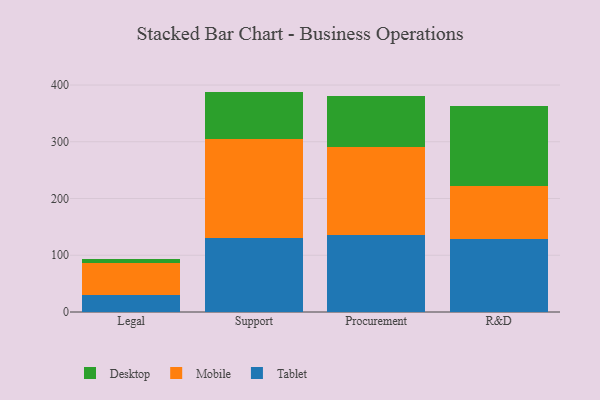
{"axis": {"x": "Department", "y": "Tickets Resolved"}, "legend": ["Desktop", "Mobile", "Tablet"], "data": [{"x": "Legal", "y": 30.1, "type": "Tablet"}, {"x": "Legal", "y": 55.7, "type": "Mobile"}, {"x": "Legal", "y": 8.4, "type": "Desktop"}, {"x": "Support", "y": 130.7, "type": "Tablet"}, {"x": "Support", "y": 173.9, "type": "Mobile"}, {"x": "Support", "y": 83.8, "type": "Desktop"}, {"x": "Procurement", "y": 135.1, "type": "Tablet"}, {"x": "Procurement", "y": 156.5, "type": "Mobile"}, {"x": "Procurement", "y": 89.5, "type": "Desktop"}, {"x": "R&D", "y": 128.6, "type": "Tablet"}, {"x": "R&D", "y": 92.6, "type": "Mobile"}, {"x": "R&D", "y": 142.6, "type": "Desktop"}]}